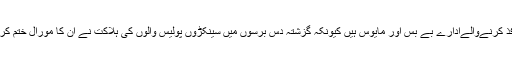
قانون نافذ کرنےوالےادارے بے بس اور مایوس ہیں کیونکہ گزشتہ دس برسوں میں سینکڑوں پولیس والوں کی ہلاکت نے ان کا مورال ختم کر دیا ہے۔